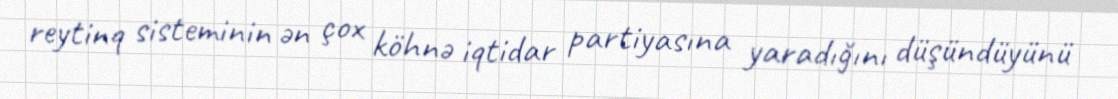
reytinq sisteminin ən çox köhnə iqtidar partiyasına yaradığını düşündüyünü